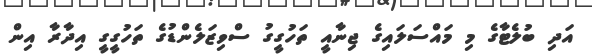
އަދި ބުލެޓާގެ މި މައްސަލައިގެ ޖިނާއީ ތަހުގީގު ސްވިޒަލެންޑުގެ ތަހުގީގީ އިދާރާ އިން